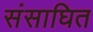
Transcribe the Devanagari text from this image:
संसाघित